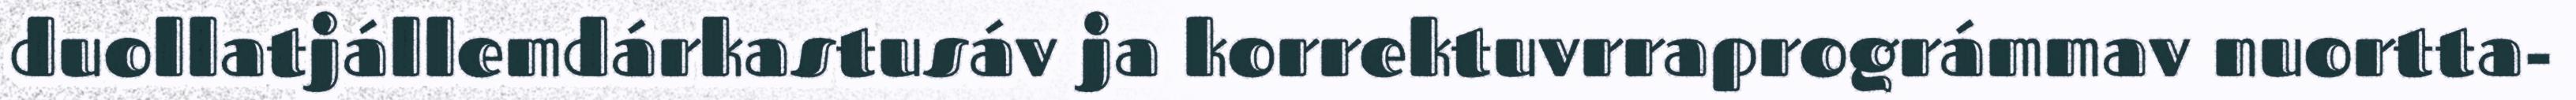
duollatjállemdárkastusáv ja korrektuvrraprográmmav nuortta-